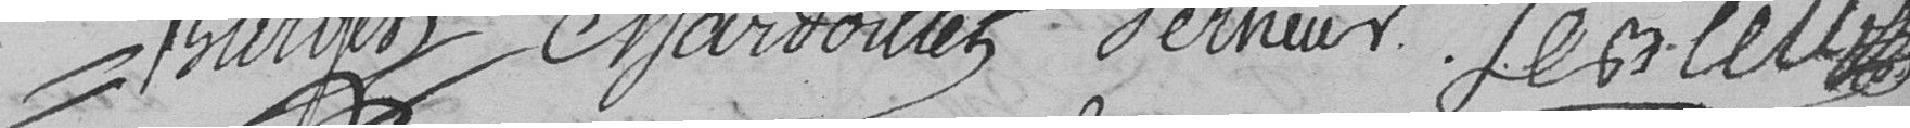
-hungen harboillet Perner eler